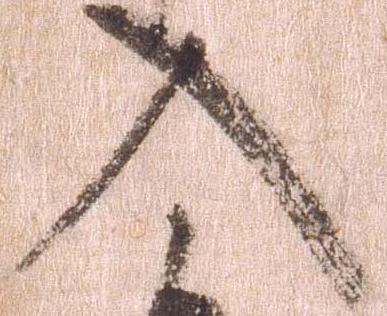
入